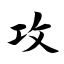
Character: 攻